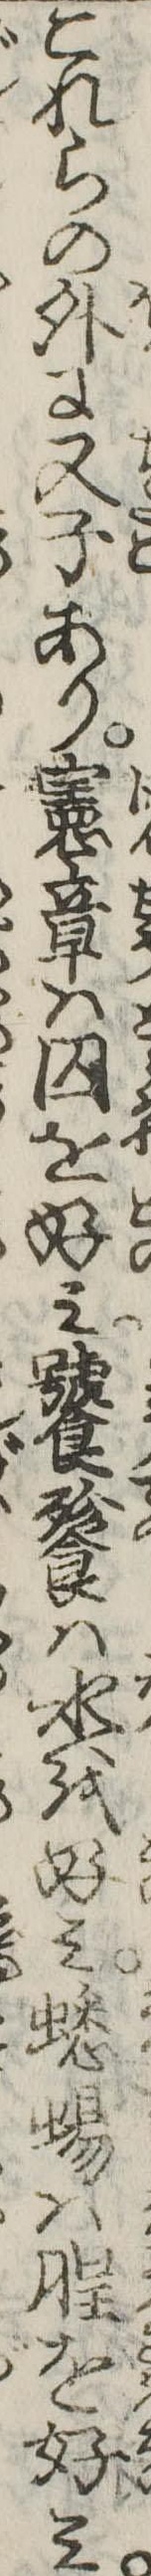
これらの外に又子あり憲章は囚を好み饕餮は水を好み蟋蜴は腥を好み